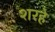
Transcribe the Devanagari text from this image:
शरहे